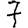
Digit: 7